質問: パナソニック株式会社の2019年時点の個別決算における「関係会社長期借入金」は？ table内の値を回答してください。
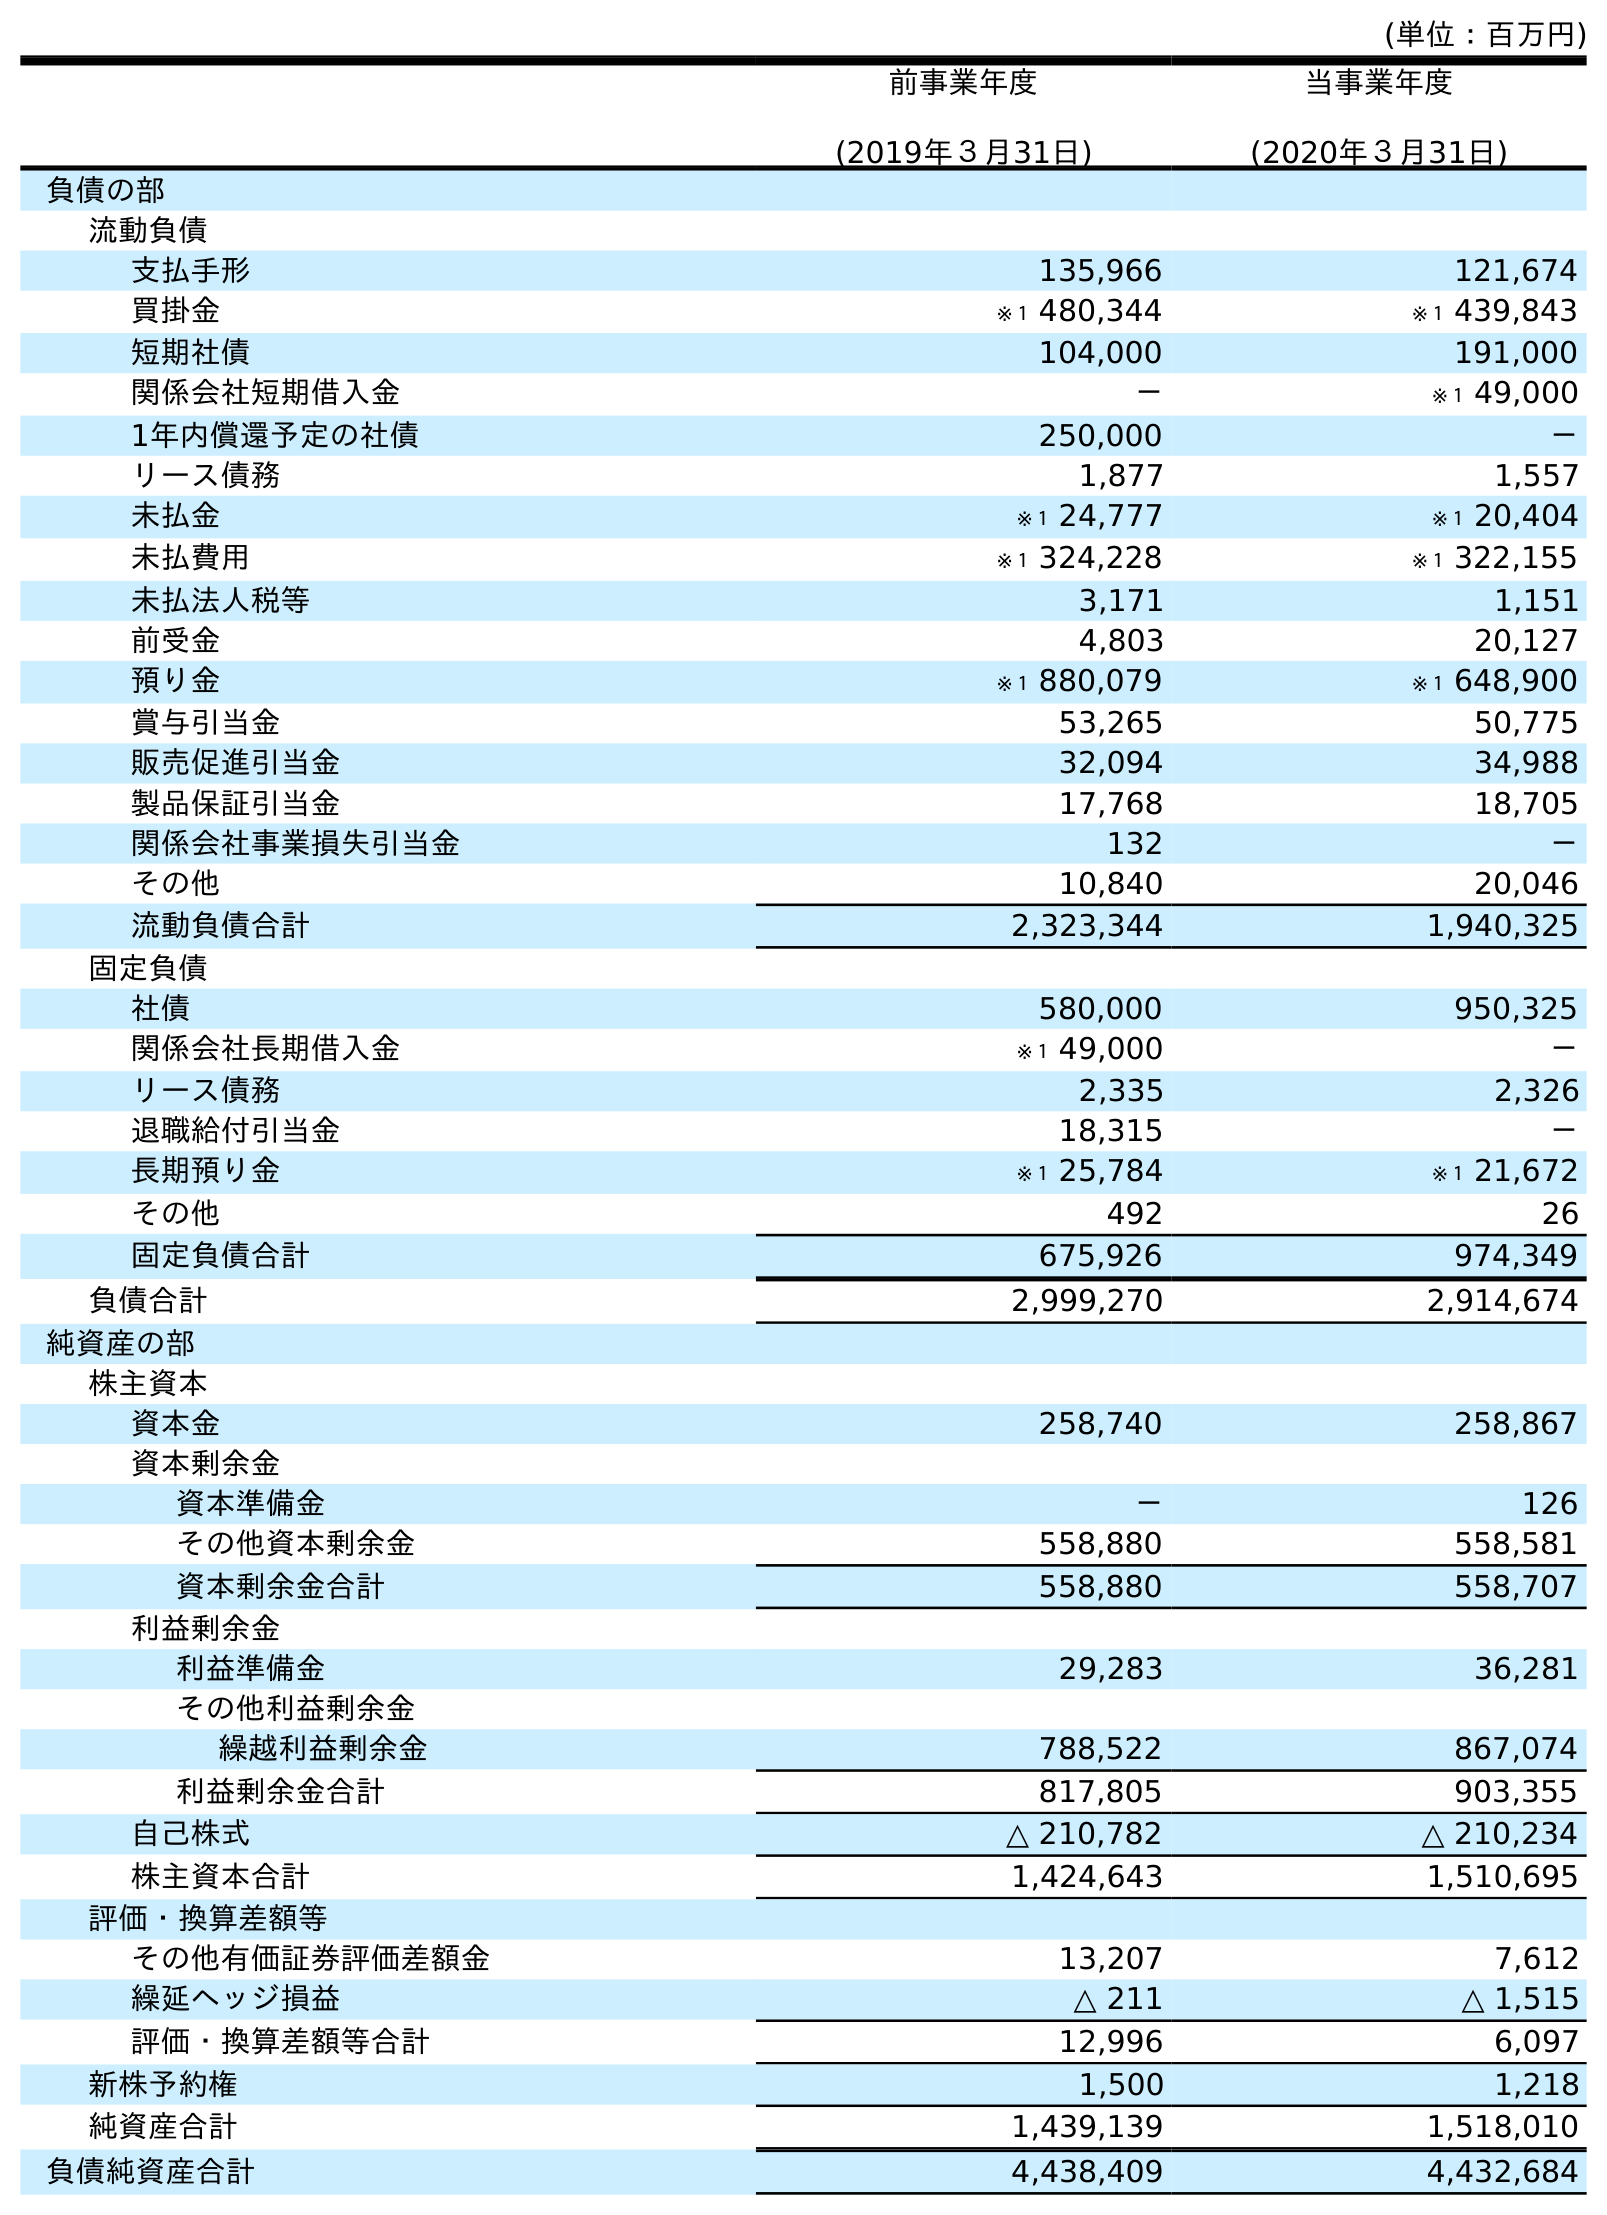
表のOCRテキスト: (単位：百万円) 前事業年度 (2019年３月31日) 当事業年度 (2020年３月31日) 負債の部 流動負債 支払手形 135,966 121,674 買掛金 ※１ 480,344 ※１ 439,843 短期社債 104,000 191,000 関係会社短期借入金 － ※１ 49,000 1年内償還予定の社債 250,000 － リース債務 1,877 1,557 未払金 ※１ 24,777 ※１ 20,404 未払費用 ※１ 324,228 ※１ 322,155 未払法人税等 3,171 1,151 前受金 4,803 20,127 預り金 ※１ 880,079 ※１ 648,900 賞与引当金 53,265 50,775 販売促進引当金 32,094 34,988 製品保証引当金 17,768 18,705 関係会社事業損失引当金 132 － その他 10,840 20,046 流動負債合計 2,323,344 1,940,325 固定負債 社債 580,000 950,325 関係会社長期借入金 ※１ 49,000 － リース債務 2,335 2,326 退職給付引当金 18,315 － 長期預り金 ※１ 25,784 ※１ 21,672 その他 492 26 固定負債合計 675,926 974,349 負債合計 2,999,270 2,914,674 純資産の部 株主資本 資本金 258,740 258,867 資本剰余金 資本準備金 － 126 その他資本剰余金 558,880 558,581 資本剰余金合計 558,880 558,707 利益剰余金 利益準備金 29,283 36,281 その他利益剰余金 繰越利益剰余金 788,522 867,074 利益剰余金合計 817,805 903,355 自己株式 △ 210,782 △ 210,234 株主資本合計 1,424,643 1,510,695 評価・換算差額等 その他有価証券評価差額金 13,207 7,612 繰延ヘッジ損益 △ 211 △ 1,515 評価・換算差額等合計 12,996 6,097 新株予約権 1,500 1,218 純資産合計 1,439,139 1,518,010 負債純資産合計 4,438,409 4,432,684
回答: ※１49,000